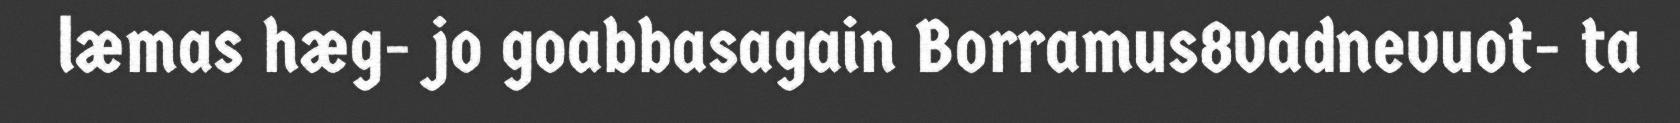
læmas hæg- jo goabbasagain Borramus8vadnevuot- ta